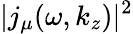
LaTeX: |j_{\mu}(\omega,k_{z})|^{2}